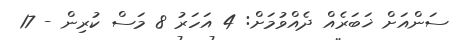
ސަންއަށް ޚަބަރެއް ދެއްވުމަށް: 4 އަހަރު 8 މަސް ކުރިން - 17